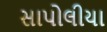
સાપોલીયા